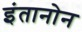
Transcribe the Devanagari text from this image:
इंतानोन